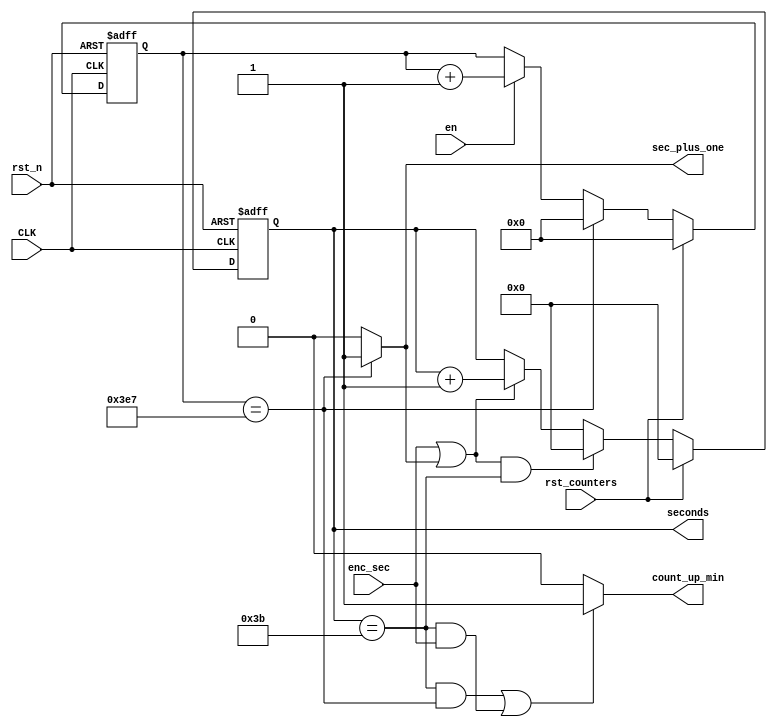
module clk_count_sec
(
	input  wire 	  CLK, // 1KHz
	input  wire 	  rst_n,
	input  wire       rst_counters,
	input  wire       enc_sec,
	input  wire	 	  en,
	output wire       count_up_min, 
	output wire       sec_plus_one,
	output reg  [7:0] seconds
);

reg [9:0] count_cycle;

// Calculates 1-sec from 1KHz CLK
always @(posedge CLK,negedge rst_n) begin
	if (!rst_n) begin
		count_cycle <= 10'b0;
	end
	else if (rst_counters) begin
	    count_cycle <= 10'b0;
	end    
    else if (count_cycle == 10'd999) begin
    	count_cycle <= 10'b0;
    end
	else if (en) begin
		count_cycle <= count_cycle + 1'b1;
    end
end

assign sec_plus_one = (count_cycle == 10'd999)? 1'b1:1'b0;

always @(posedge CLK,negedge rst_n) begin
	if (!rst_n) begin
		seconds <= 8'b0;
	end
	else if (rst_counters) begin
		seconds <= 8'b0;
	end
    else if ((enc_sec || sec_plus_one) && seconds == 8'd59) begin
    	seconds <= 8'd0;
    end
	else if (enc_sec || sec_plus_one) begin
		seconds <= seconds + 1'b1;
    end

end

assign count_up_min = ((seconds == 8'd59 && count_cycle == 10'd999) || (seconds == 8'd59 && enc_sec))? 1'b1:1'b0;

endmodule